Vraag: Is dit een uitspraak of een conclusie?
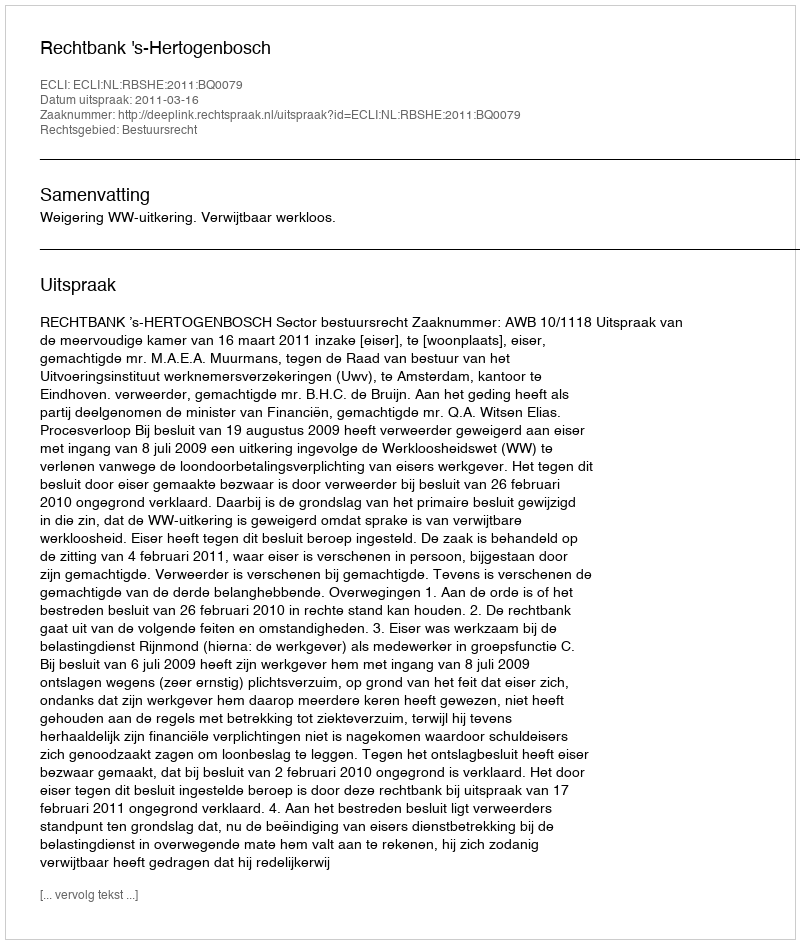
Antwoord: Uitspraak